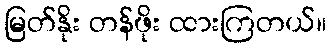
မြတ်နိုး တန်ဖိုး ထားကြတယ်။